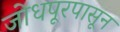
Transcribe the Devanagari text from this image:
जोधपूरपासून